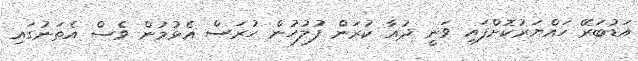
އަޑުބަރޭ ހައްޔަރުކޮށްފައި ވަނީ ދުއާ ކުރަން ފުލުހުން ހުރަސް އެޅުމުން ވެސް އެތަނުގައި